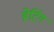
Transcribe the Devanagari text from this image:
हेर्टिग